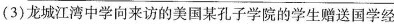
(3)龙城江湾中学向来访的美国某孔子学院的学生赠送国学经